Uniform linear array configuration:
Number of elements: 8
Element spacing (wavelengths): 0.75
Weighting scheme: exponential
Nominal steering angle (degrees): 45
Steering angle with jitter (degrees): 45.206
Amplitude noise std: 0.05
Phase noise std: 0.05

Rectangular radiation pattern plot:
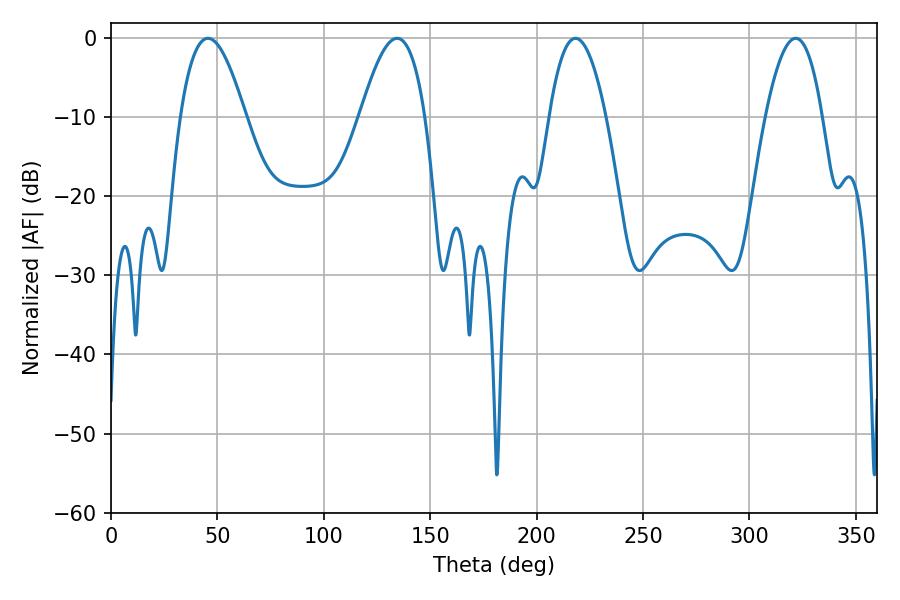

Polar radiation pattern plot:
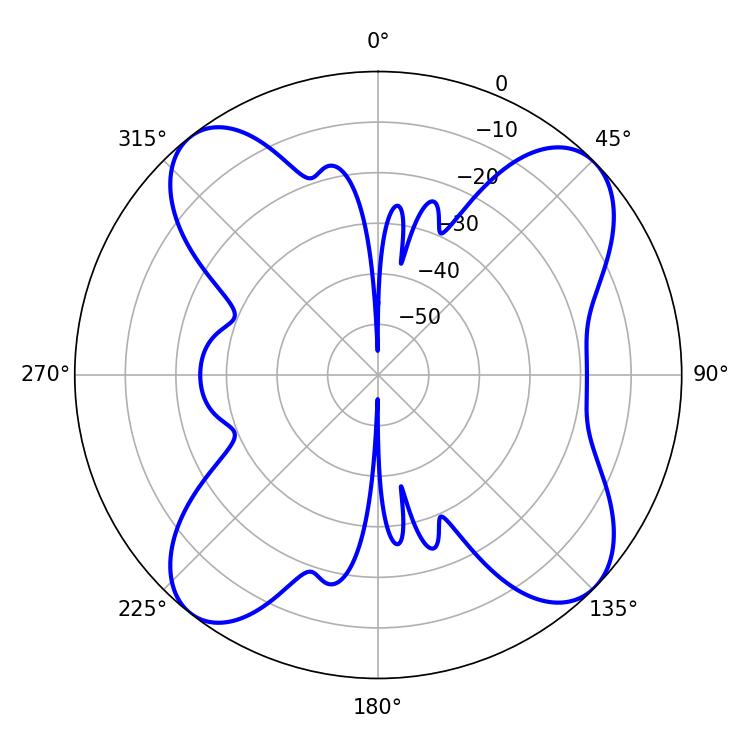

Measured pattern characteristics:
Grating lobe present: TRUE
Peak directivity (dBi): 12.079
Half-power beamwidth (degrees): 16.56
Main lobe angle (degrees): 45.54